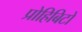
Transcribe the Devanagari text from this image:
प्रोहिबिटो